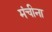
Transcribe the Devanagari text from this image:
मंचीना